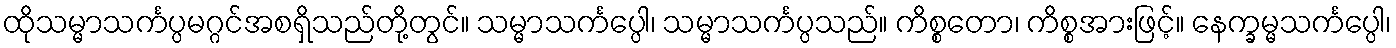
ထိုသမ္မာသင်္ကပ္ပမဂ္ဂင်အစရှိသည်တို့တွင်။ သမ္မာသင်္ကပ္ပေါ၊ သမ္မာသင်္ကပ္ပသည်။ ကိစ္စတော၊ ကိစ္စအားဖြင့်။ နေက္ခမ္မသင်္ကပ္ပေါ၊